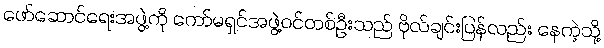
ဖော်ဆောင်ရေးအဖွဲ့ကို ကော်မရှင်အဖွဲ့ဝင်တစ်ဦးသည် ဗိုလ်ချင်းပြန်လည်း နေကဲ့သို့